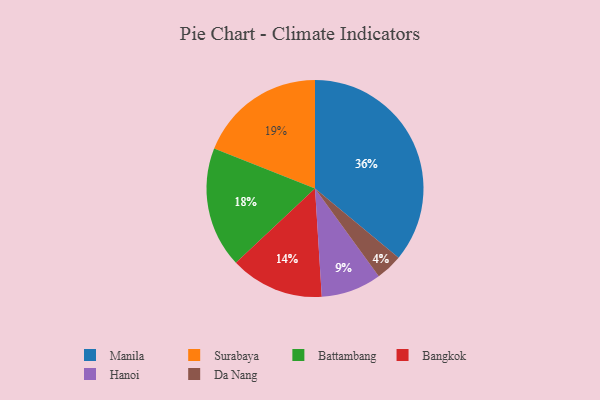
{"axis": {"x": "Category", "y": "Percentage"}, "legend": ["Bangkok", "Battambang", "Da Nang", "Hanoi", "Manila", "Surabaya"], "data": [{"x": "Surabaya", "y": 19, "type": "Surabaya"}, {"x": "Battambang", "y": 18, "type": "Battambang"}, {"x": "Bangkok", "y": 14, "type": "Bangkok"}, {"x": "Manila", "y": 36, "type": "Manila"}, {"x": "Da Nang", "y": 4, "type": "Da Nang"}, {"x": "Hanoi", "y": 9, "type": "Hanoi"}]}